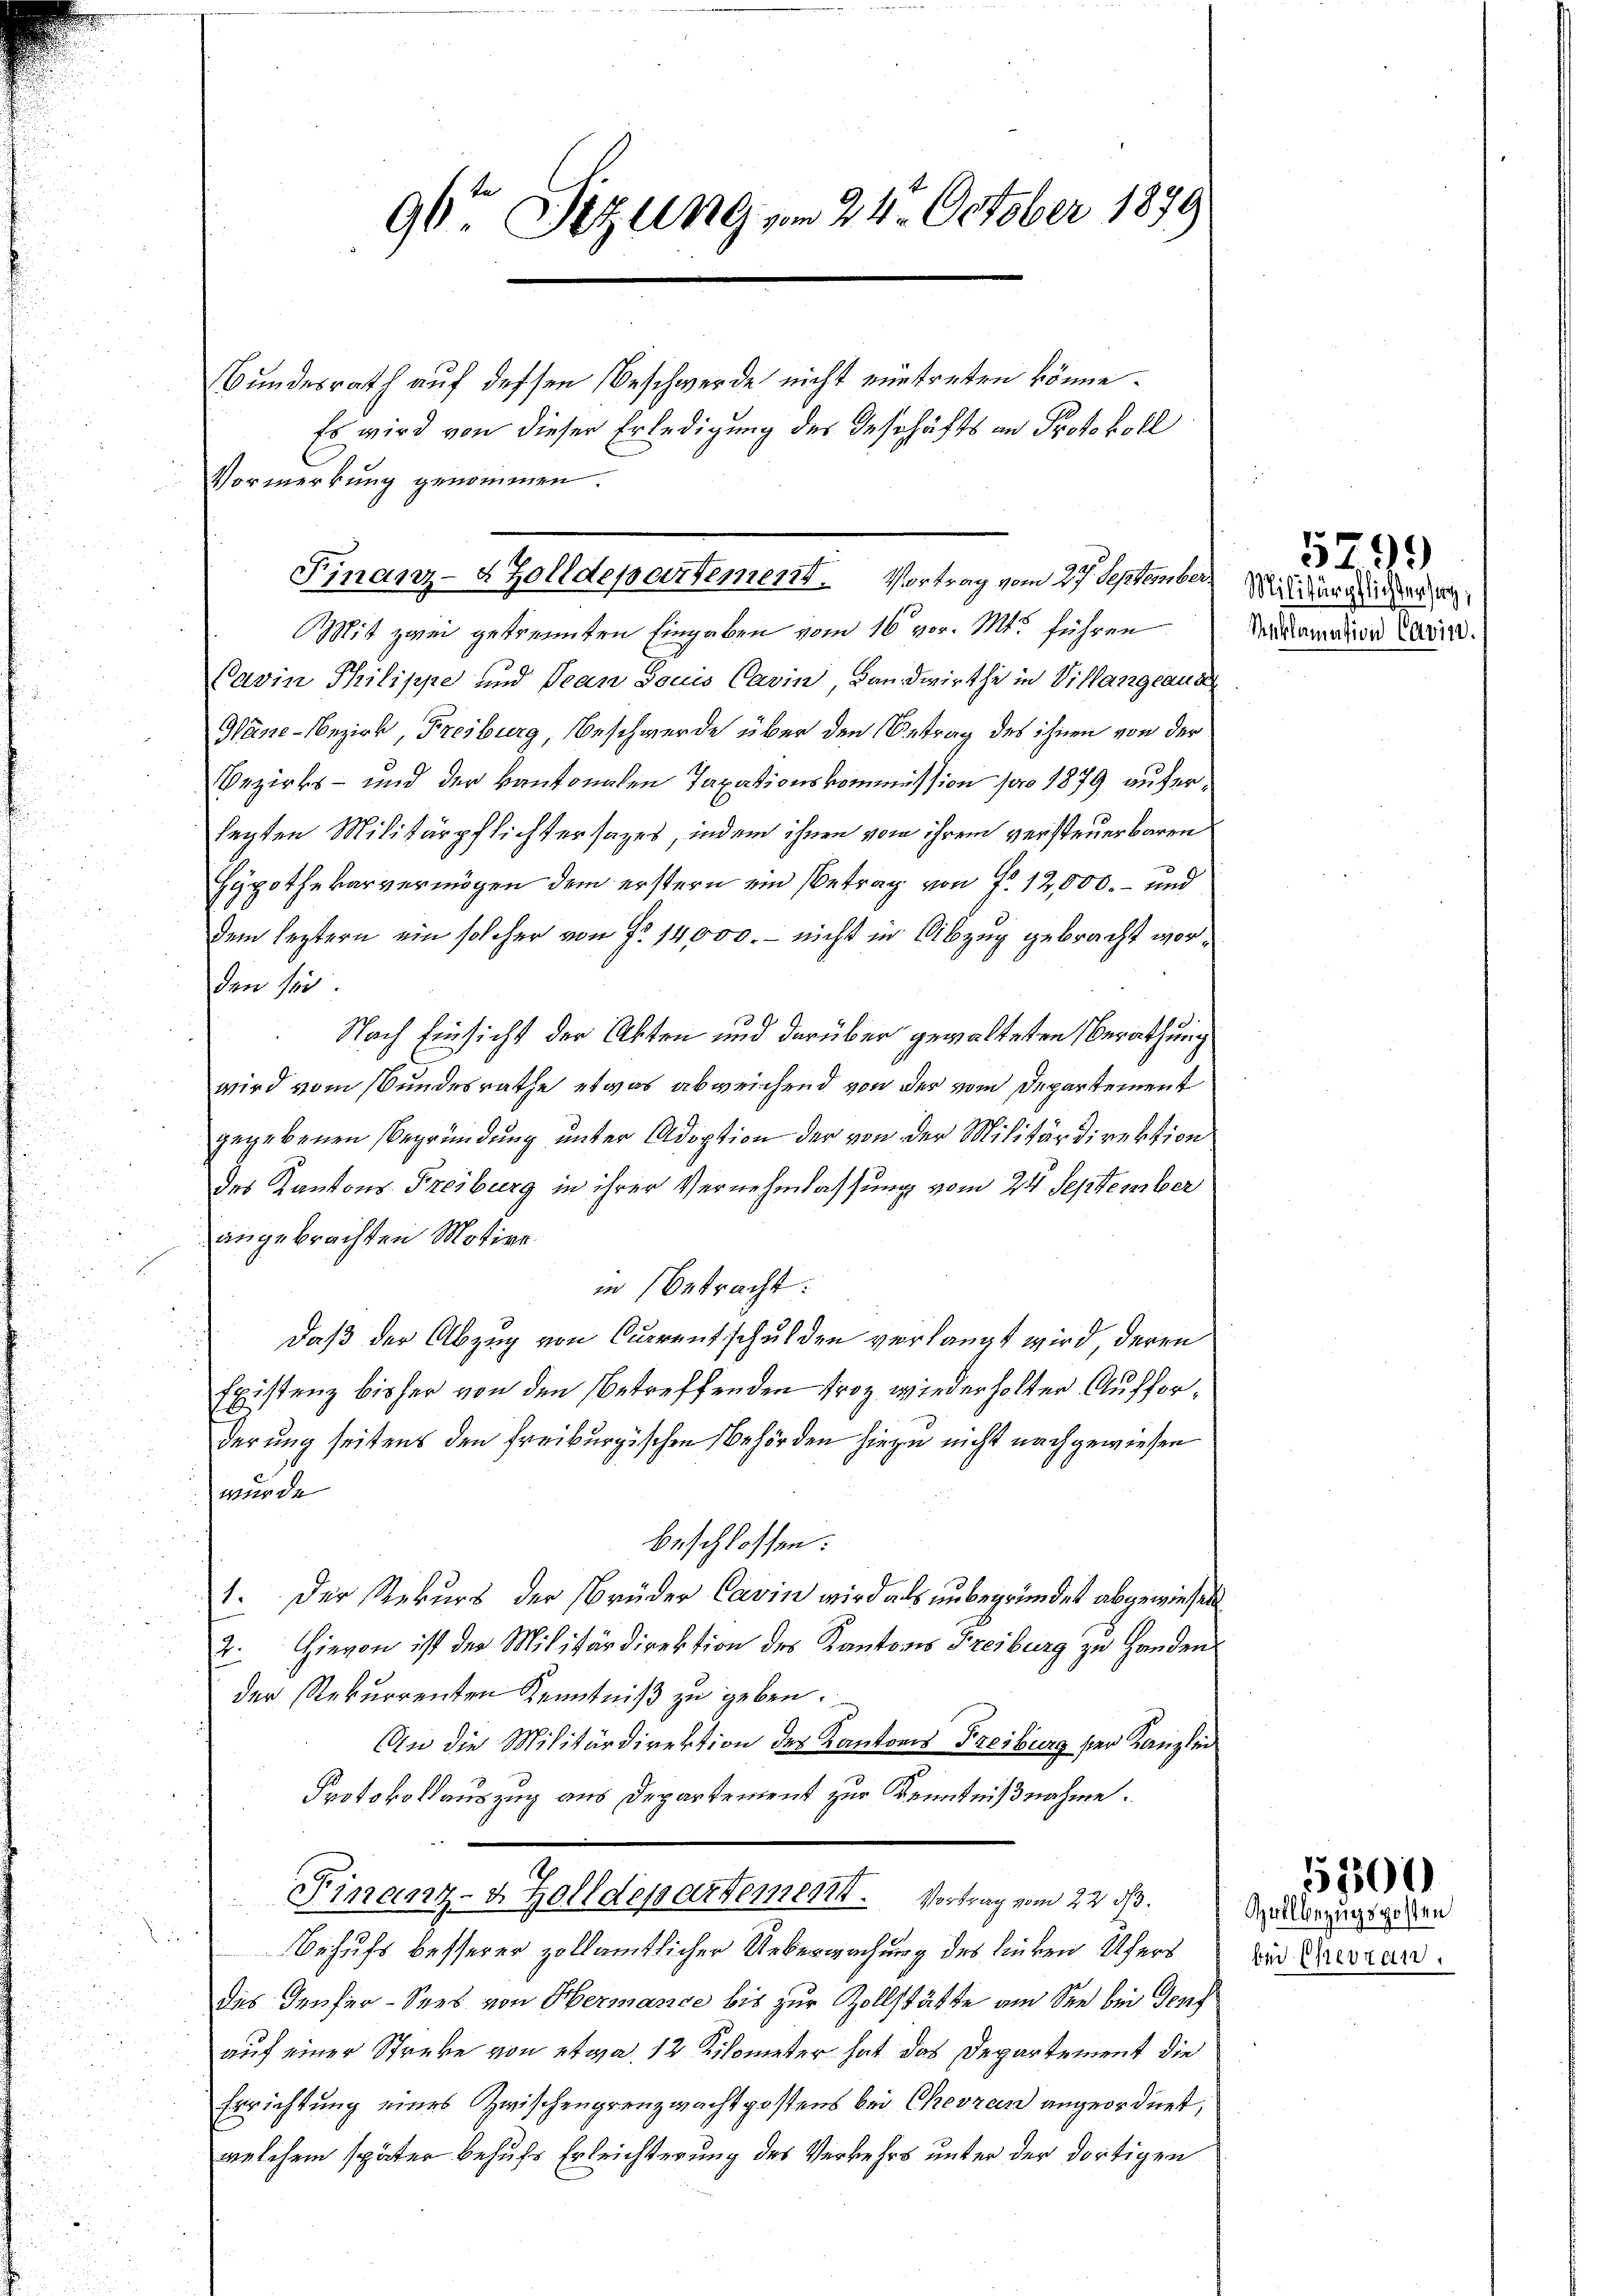
96ten Sizung vom 24. October 1899

Es wird von dieser Erledigung des Geschäfts an Protokoll

Finanz- & Zolldepartement. Vortrag vom 27. September Militar ich a

Vormerkung genommen.

it zwei getrennten Eingaben vom 16 vor. Mt. führen
Pavin Philippe und Jean Louis Cavin, Landwirthe in Villanglaub
Wäne-Bezirk, Freiburg, Beschwerde über den Antrag des ihnen von der
Bezirks- und der kantonalen Taxationskommission pro 1879 auferlagten Militärpflichtersages, indem ihnen vom ihrem versteuerbaren
Hypothekarvermögen dem erstern ein Betrag von P. 12,000.- und
dem leztern ein solcher von Fr. 14,000. - nicht in Abzug gebracht worden sie
Nach Einsicht der Akten und darüber gewalteten Berathung
wird vom Bundesrathe etwas abweichend von der vom Departement
gegebenen Begründung unter Adoption der von der Militärdirektion
.
des Kantons Freiburg in ihrer Vernehmlassung vom 24. September
angebrachten Motive.
u
u
in betracht:
daß der Abzug von Currentschulden verlangt wird, deren
Existenz bisher von den betreffenden Froz wiederholten Aufforderung seitens den freiburgischen Behörden hiezu nicht nachgewiesen
.
wurde
beschlossen:
1. Der Rekurs der Brüder Cavin wird als unbegründet abgewiesen
2. Hievon ist der Militärdirektion des Kantons Freiburg zu Handen
der Rekurrenten Kenntniß zu geben.
An die Militärdirektion des Kantons Freiburg der Kanzlei
Protokollauszug aus Departement zur Kenntnißnahme.
Finanz- & Zolldepartement. Vortrag vom 22. ds.
u

Behufs besserer zollamtlicher Ueberwachung des linken Ufers
des Teufer-Sees von Hermance bis zur Zollstätte am See bei Genf
auf einer Streke von etwa 12 Kilometer hat das Departement die
Errichtung eines Zwischengrenzwachtpostens bei Chevran angeordnet,
welchem später behufs Erleichterung des Verkehrs unter der dortigen

Bundesrath auf dessen Beschwerde nicht eintreten könne.

Reklamation Cavin.

5799

Zollbezugsposten
bei Ehevzan.

5500